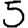
Digit: 5